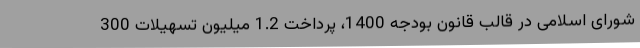
شورای اسلامی در قالب قانون بودجه 1400، پرداخت 1.2 میلیون تسهیلات 300